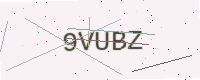
Text: 9VUBZ